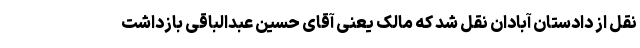
نقل از دادستان آبادان نقل شد که مالک یعنی آقای حسین عبدالباقی بازداشت